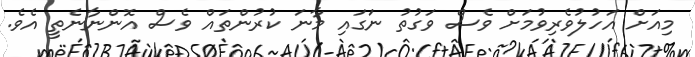
މިއަށް އަހުލުވެރިވުމަށް ވެސް ވަގުތު ނަގައި މާނަ ކުރުންތައް ވެސް އޮންނާނެތީ އެވެ.